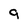
Character: 9